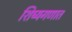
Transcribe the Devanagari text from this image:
शिष्यगणात